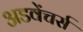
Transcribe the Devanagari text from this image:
अडवेंचर्स